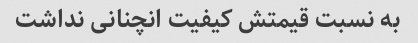
به نسبت قیمتش کیفیت انچنانی نداشت